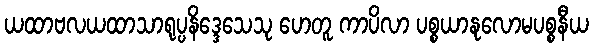
ယထာဗလယထာသာရုပ္ပနိဒ္ဒေသေသု ဟေတူ ကာပိလာ ပစ္စယာနုလောမပစ္စနီယ